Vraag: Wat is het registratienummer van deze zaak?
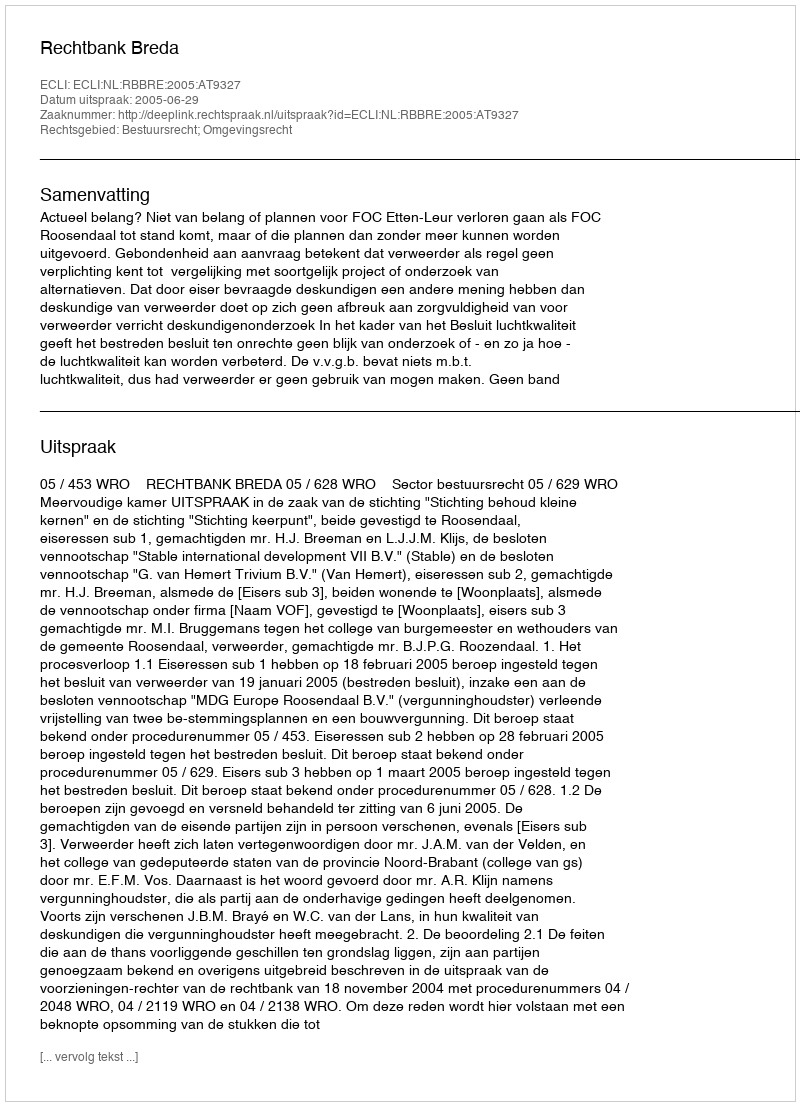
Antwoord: http://deeplink.rechtspraak.nl/uitspraak?id=ECLI:NL:RBBRE:2005:AT9327